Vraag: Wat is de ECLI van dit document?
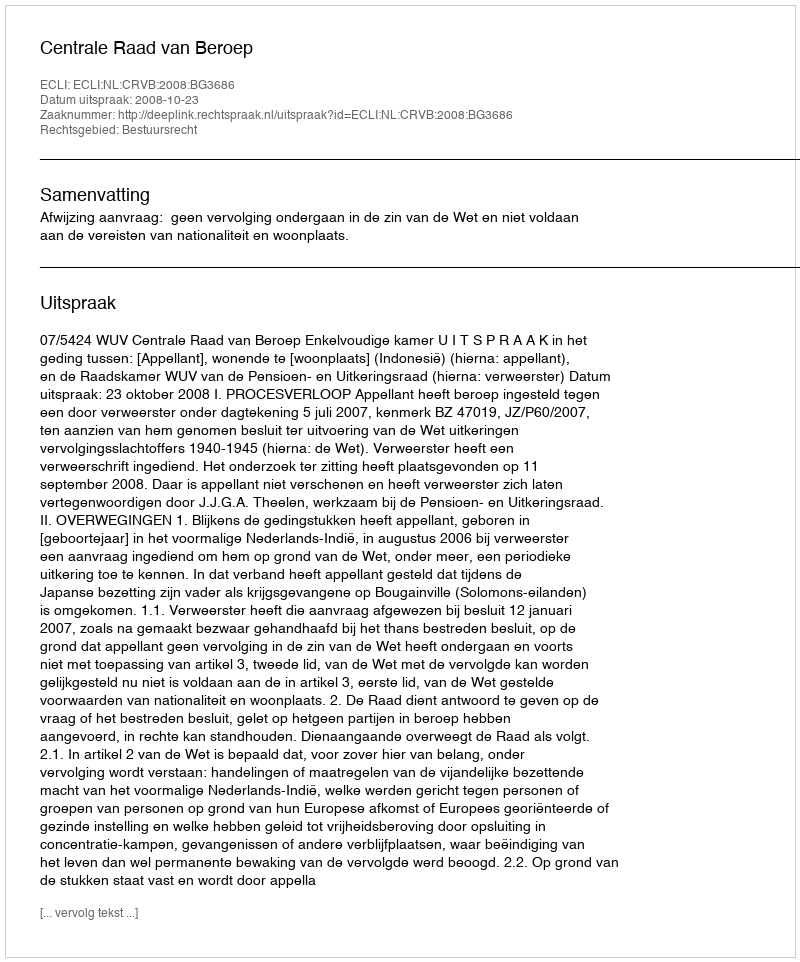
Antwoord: ECLI:NL:CRVB:2008:BG3686